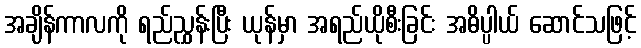
အချိန်ကာလကို ရည်ညွှန်းပြီး ယုန်မှာ အရည်ယိုစီးခြင်း အဓိပ္ပါယ် ဆောင်သဖြင့်